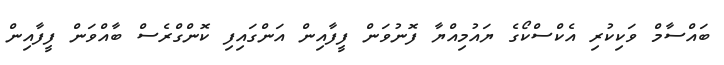
ބައްސާމް ވަކިކުރި އެކްސްކޯގެ ޔައުމިއްޔާ ފޮނުވަން ފީފާއިން އަންގައިފި ކޮންގްރެސް ބާއްވަން ފީފާއިން